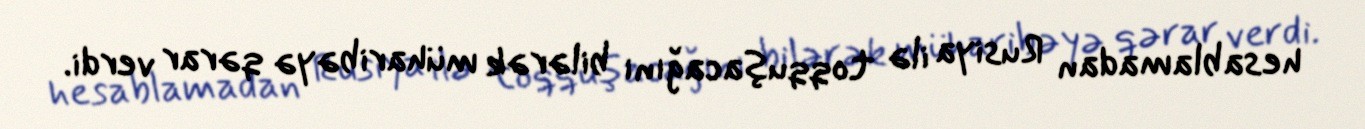
hesablamadan Rusiya ilə toqquşacağını bilərək müharibəyə qərar verdi.